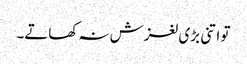
تو اتنی بڑی لغزش نہ کھاتے۔